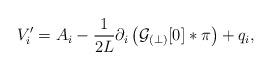
LaTeX: \begin{align*}V^\prime_i = {A}_i - \frac{1}{2L} \partial_i \left({\cal G}_{(\perp)}[0] \ast \pi\right) + q_{i},\end{align*}